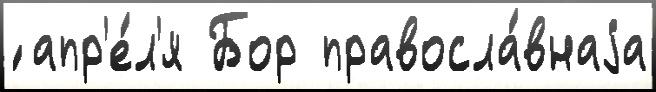
́ апр'е́л'я Бор правосла́внаjа